Report of the Indian Hemp Drugs Commission, 1894-1895 - Volume V
Year: 1894
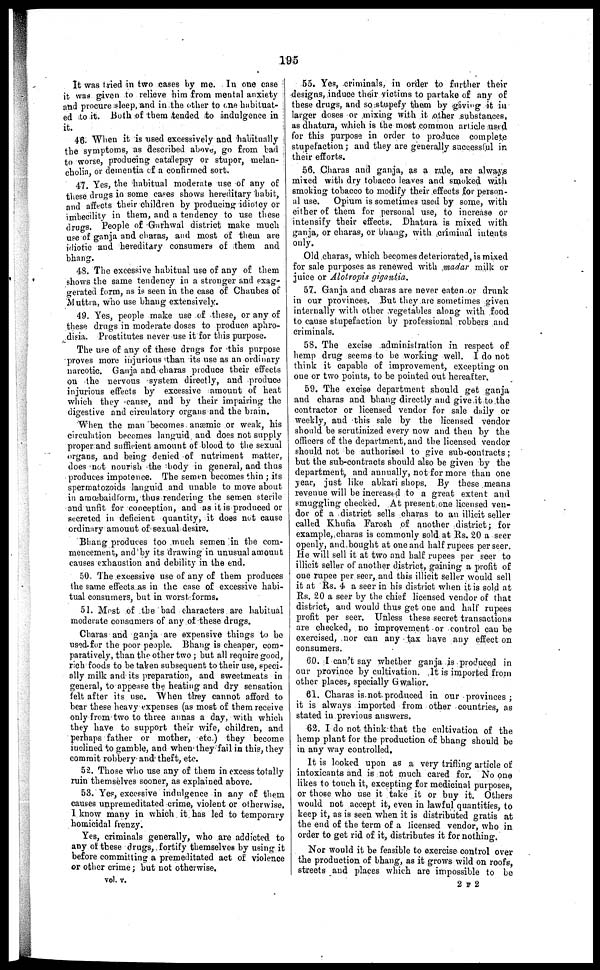
195
It was tried in two cases by me. In one case I
it was given to relieve him from mental anxiety
and procure sleep, and in the other to one habituat-
ed to it. Both of them tended to indulgence in
it.
46. When it is used excessively and habitually
the symptoms, as described above, go from bad
to worse, producing catalepsy or stupor, melan-
cholin, or dementia of a confirmed sort.
47. Yes, the habitual moderate use of any of
these drugs in some cases shows hereditary habit,
and affects their children by producing idiotcy or
imbecility in them, and a tendency to use these
drugs. People of Garhwal district make much
use of ganja and charas, and most of them are
idiotic and hereditary consumers of them and
bhang.
48. The excessive habitual use of any of them
shows the same tendency in a stronger and exag-
gerated form, as is seen in the case of Chaubes of
Muttra, who use bhang extensively.
49. Yes, people make use of these, or any of
these drugs in moderate doses to produce aphro-
disia. Prostitutes never use it for this purpose.
The use of any of these drugs for this purpose
proves more injurious than its use as an ordinary
narcotic. Ganja and charas produce their effects
on the nervous system directly, and produce
injurious effects by excessive amount of heat
which they cause, and by their impairing the
digestive and circulatory organs and the brain.
When the man becomes anæmic or weak, his
circulation becomes languid and does not supply
proper and sufficient amount of blood to the sexual
organs, and being denied of nutriment matter,
does not nourish the body in general, and thus
produces impotence. The semen becomes thin ; its
spermatozoids languid and unable to move about
in amœbaidform, thus rendering the semen sterile
and unfit for conception, and as it is produced or
secreted in deficient quantity, it does not cause
ordinary amount of sexual desire.
Bhang produces too much semen in the com-
mencement, and by its drawing in unusual amount
causes exhaustion and debility in the end.
50. The excessive use of any of them produces
the same effects as in the case of excessive habi-
tual consumers, but in worst forms.
51. Most of the bad characters are habitual
moderate consumers of any of these drugs.
Charas and ganja are expensive things to be
used for the poor people. Bhang is cheaper, com-
paratively, than the other two ; but all require good,
rich foods to be taken subsequent to their use, speci-
ally milk and its preparation, and sweetmeats in
general, to appease the heating and dry sensation
felt after its use. When they cannot afford to
bear these heavy expenses (as most of them receive
only from two to three annas a day, with which
they have to support their wife, children, and
perhaps father or mother, etc.) they become
inclined to gamble, and when they fail in this, they
commit robbery and theft, etc.
52. Those who use any of them in excess totally
ruin themselves sooner, as explained above.
53. Yes, excessive indulgence in any of them
causes unpremeditated crime, violent or otherwise.
I know many in which it has led to temporary
homicidal frenzy.
Yes, criminals generally, who are addicted to
any of these drugs, fortify themselves by using it
before committing a premeditated act of violence
or other crime; but not otherwise.
55. Yes, criminals, in order to further their
designs, induce their victims to partake of any of
these drugs, and so stupefy them by giving it in
larger doses or mixing with it other substances,
as dhatura, which is the most common article used
for this purpose in order to produce complete
stupefaction; and they are generally successful in
their efforts.
56. Charas and ganja, as a rule, are always
mixed with dry tobacco leaves and smoked with
smoking tobacco to modify their effects for person-
al use. Opium is sometimes used by some, with
either of them for personal use, to increase or
intensify their effects. Dhatura is mixed with
ganja, or charas, or bhang, with criminal intents
only.
Old charas, which becomes deteriorated, is mixed
for sale purposes as renewed with madar milk or
juice or Alotropis gigantia.
57. Ganja and charas are never eaten or drunk
in our provinces. But they are sometimes given
internally with other vegetables along with food
to cause stupefaction by professional robbers and
criminals.
58. The excise administration in respect of
hemp drug seems to be working well. I do not
think it capable of improvement, excepting on
one or two points, to be pointed out hereafter.
59. The excise department should get ganja
and charas and bhang directly and give it to the
contractor or licensed vendor for sale daily or
weekly, and this sale by the licensed vendor
should be scrutinized every now and then by the
officers of the department, and the licensed vendor
should not be authorised to give sub-con tracts;
but the sub-contracts should also be given by the
department, and annually, not for more than one
year, just like abkari shops. By these means
revenue will be increased to a great extent and
smuggling checked. At present one licensed ven-
dor of a district sells charas to an illicit seller
called Khufia Farosh of another district; for
example, charas is commonly sold at Rs. 20 a seer
openly, and bought at one and half rupees per seer.
He will sell it at two and half rupees per seer to
illicit seller of another district, gaining a profit of
one rupee per seer, and this illicit seller would sell
it at Rs. 4 a seer in his district when it is sold at
Rs. 20 a seer by the chief licensed vendor of that
district, and would thus get one and half rupees
profit per seer. Unless these secret transactions
are checked, no improvement or control can be
exercised, nor can any tax have any effect on
consumers.
60. I can't say whether ganja is produced in
our province by cultivation. It is imported from
other places, specially Gwalior.
61. Charas is not produced in our provinces ;
it is always imported from other countries, as
stated in previous answers.
62. I do not think that the cultivation of the
hemp plant for the production of bhang should be
in any way controlled.
It is looked upon as a very trifling article of
intoxicants and is not much cared for. No one
likes to touch it, excepting for medicinal purposes,
or those who use it take it or buy it. Others
would not accept it, even in lawful quantities, to
keep it, as is seen when it is distributed gratis at
the end of the term of a licensed vendor, who in
order to get rid of it, distributes it for nothing.
Nor would it be feasible to exercise control over
the production of bhang, as it grows wild on roofs,
streets and places which are impossible to be
vol v.
2 F 2